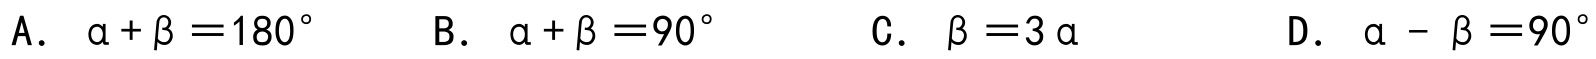
A. $\alpha+\beta = 180^{\circ}$  B. $\alpha+\beta = 90^{\circ}$  C. $\beta = 3\alpha$  D. $\alpha - \beta = 90^{\circ}$